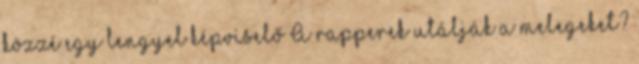
közzé egy lengyel képviselő A rapperek utálják a melegeket?